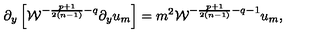
\partial _ { y } \left[ { \cal W } ^ { - { \frac { p + 1 } { 2 ( n - 1 ) } } - q } \partial _ { y } u _ { m } \right] = m ^ { 2 } { \cal W } ^ { - { \frac { p + 1 } { 2 ( n - 1 ) } } - q - 1 } u _ { m } ,